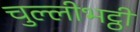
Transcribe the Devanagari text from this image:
चुल्लीभट्ठी